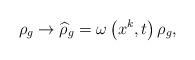
LaTeX: \begin{align*}\rho _{g}\rightarrow \widehat{\rho }_{g}=\omega \left( x^{k},t\right) \rho_{g}, \end{align*}